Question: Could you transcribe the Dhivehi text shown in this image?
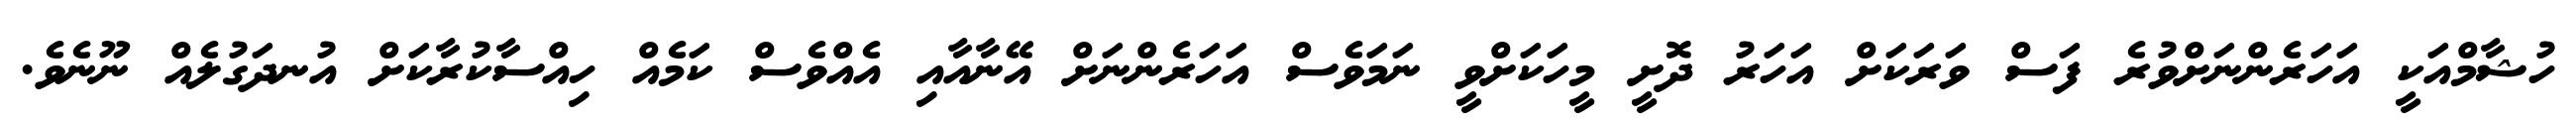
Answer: ހުޝާމްއަކީ އަހަރެންނަށްވުރެ ފަސް ވަރަކަށް އަހަރު ދޮށީ މީހަކަށްވީ ނަމަވެސް އަހަރެންނަށް އޭނާއާއި އެއްވެސް ކަމެއް ހިއްސާކުރާކަށް އުނދަގުލެއް ނޫނެވެ.